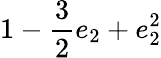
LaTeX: \displaystyle 1-\frac{3}{2}e_{2}+e_{2}^{2}